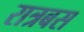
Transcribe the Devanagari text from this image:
रात्रबस